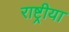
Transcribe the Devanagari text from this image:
राष्ट्रीया